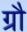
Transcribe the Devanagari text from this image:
ग्रौ